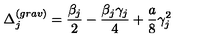
\Delta _ { j } ^ { ( g r a v ) } = \frac { \beta _ { j } } { 2 } - \frac { \beta _ { j } \gamma _ { j } } { 4 } + \frac { a } { 8 } \gamma _ { j } ^ { 2 }